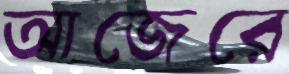
আজেরে